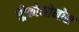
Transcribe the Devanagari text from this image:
ट्रिकोमोनोस